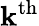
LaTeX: \mathbf{k}^{\mathrm{{{th}}}}